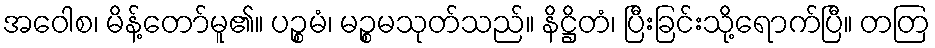
အဝေါစ၊ မိန့်တော်မူ၏။ ပဉ္စမံ၊ မဉ္စမသုတ်သည်။ နိဋ္ဌိတံ၊ ပြီးခြင်းသို့ရောက်ပြီ။ တတြ